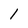
Character: l